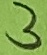
Text: 3